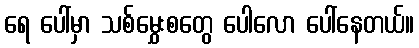
ရေ ပေါ်မှာ သစ်မွှေးစတွေ ပေါလော ပေါ်နေတယ်။